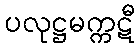
ပလုဋ္ဌမက္ကဋီ